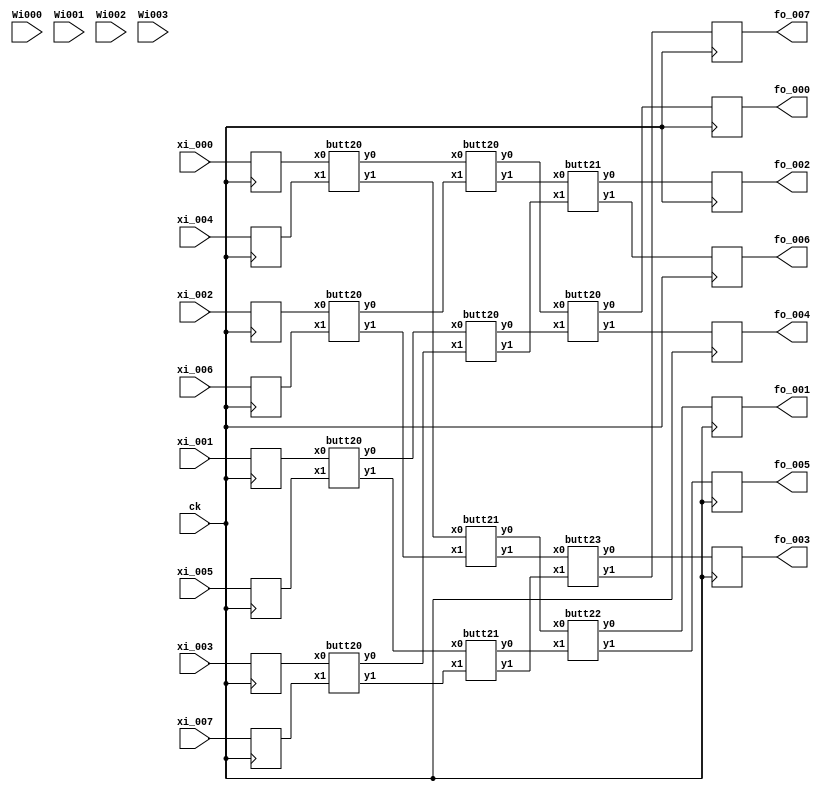
module fft008(
              fo_000,fo_001,fo_002,fo_003,fo_004,fo_005,fo_006,fo_007,
              xi_000,xi_001,xi_002,xi_003,xi_004,xi_005,xi_006,xi_007,
              Wi000,Wi001,Wi002,Wi003,ck);
    input ck;
    output [31:0]
                  fo_000,fo_001,fo_002,fo_003,fo_004,fo_005,fo_006,fo_007;
    input [31:0]
                 xi_000,xi_001,xi_002,xi_003,xi_004,xi_005,xi_006,xi_007;
    input [31:0]
                 Wi000,Wi001,Wi002,Wi003;
    reg [31:0]
               x_000,x_001,x_002,x_003,x_004,x_005,x_006,x_007;
    reg [31:0]
               W000,W001,W002,W003;
    reg [31:0]
               fo_000,fo_001,fo_002,fo_003,fo_004,fo_005,fo_006,fo_007;
    wire [31:0]
                f_000,f_001,f_002,f_003,f_004,f_005,f_006,f_007;
    wire [31:0]
               x_00_000,x_00_001,x_00_002,x_00_003,x_00_004,x_00_005,x_00_006,x_00_007,
               x_01_000,x_01_001,x_01_002,x_01_003,x_01_004,x_01_005,x_01_006,x_01_007,
               x_02_000,x_02_001,x_02_002,x_02_003,x_02_004,x_02_005,x_02_006,x_02_007,
               x_03_000,x_03_001,x_03_002,x_03_003,x_03_004,x_03_005,x_03_006,x_03_007;
    assign x_00_000 = x_000;
    assign x_00_001 = x_001;
    assign x_00_002 = x_002;
    assign x_00_003 = x_003;
    assign x_00_004 = x_004;
    assign x_00_005 = x_005;
    assign x_00_006 = x_006;
    assign x_00_007 = x_007;
    assign x_00_000 = x_000;
    assign x_00_001 = x_001;
    assign x_00_002 = x_002;
    assign x_00_003 = x_003;
    assign x_00_004 = x_004;
    assign x_00_005 = x_005;
    assign x_00_006 = x_006;
    assign x_00_007 = x_007;
    always @(posedge ck) begin
        x_000 <= xi_000;
        fo_000 <= f_000;
        x_001 <= xi_001;
        fo_001 <= f_001;
        x_002 <= xi_002;
        fo_002 <= f_002;
        x_003 <= xi_003;
        fo_003 <= f_003;
        x_004 <= xi_004;
        fo_004 <= f_004;
        x_005 <= xi_005;
        fo_005 <= f_005;
        x_006 <= xi_006;
        fo_006 <= f_006;
        x_007 <= xi_007;
        fo_007 <= f_007;
        W000 <= Wi000;
        W001 <= Wi001;
        W002 <= Wi002;
        W003 <= Wi003;
    end
    butt20 xx_00_000( .x0(x_00_000), .x1(x_00_004), .y0(x_01_000), .y1(x_01_004) );
    butt20 xx_00_001( .x0(x_00_002), .x1(x_00_006), .y0(x_01_002), .y1(x_01_006) );
    butt20 xx_00_002( .x0(x_00_001), .x1(x_00_005), .y0(x_01_001), .y1(x_01_005) );
    butt20 xx_00_003( .x0(x_00_003), .x1(x_00_007), .y0(x_01_003), .y1(x_01_007) );
    butt20 xx_01_000( .x0(x_01_000), .x1(x_01_002), .y0(x_02_000), .y1(x_02_002) );
    butt21 xx_01_001( .x0(x_01_004), .x1(x_01_006), .y0(x_02_004), .y1(x_02_006) );
    butt20 xx_01_002( .x0(x_01_001), .x1(x_01_003), .y0(x_02_001), .y1(x_02_003) );
    butt21 xx_01_003( .x0(x_01_005), .x1(x_01_007), .y0(x_02_005), .y1(x_02_007) );
    butt20 xx_02_000( .x0(x_02_000), .x1(x_02_001), .y0(x_03_000), .y1(x_03_001) );
    assign f_000 = x_03_000;
    assign f_004 = x_03_001;
    butt22 xx_02_001( .x0(x_02_004), .x1(x_02_005), .y0(x_03_004), .y1(x_03_005) );
    assign f_001 = x_03_004;
    assign f_005 = x_03_005;
    butt21 xx_02_002( .x0(x_02_002), .x1(x_02_003), .y0(x_03_002), .y1(x_03_003) );
    assign f_002 = x_03_002;
    assign f_006 = x_03_003;
    butt23 xx_02_003( .x0(x_02_006), .x1(x_02_007), .y0(x_03_006), .y1(x_03_007) );
    assign f_003 = x_03_006;
    assign f_007 = x_03_007;
endmodule
////////////////////////////////////////////////////////////////////////////////////////////////
////////////////////////////////////////////////////////////////////////////////////////////////
module butt2(y0,y1,x0,x1,W);
    input [31:0] x0,x1,W;
    output[31:0] y0,y1;

    wire [31:0] x11;

    assign x11 = mulc(x1, W);
    assign y0 = addc( x0, x11 );
    assign y1 = subc( x0, x11 );

    function [31:0] addc;
        input [31:0] a, b;
        reg [15:0] yr, yi;
        begin
            yr = a[31:16] + b[31:16];
            yi = a[15:0] + b[15:0];
            addc = {yr, yi};
        end
    endfunction
    function [31:0] subc;
        input [31:0] a, b;
        reg [15:0] yr, yi;
        begin
            yr = a[31:16] - b[31:16];
            yi = a[15:0] - b[15:0];
            subc = {yr, yi};
        end
    endfunction
    //  function [31:0] mulc;
    //    input [31:0] a, b;
    //    reg [15:0] yr, yi;
    //    begin
    //      yr = a[31:16]*b[31:16] - a[15:0]*b[15:0];
    //      yi = a[15:0]*b[31:16] + a[31:16]*b[15:0];
    //      mulc = {yr, yi};
    //    end
    //  endfunction
    function [31:0] mulc;
        input [31:0] a, b;
        reg [31:0] yr1, yr2, yi1, yi2;
        reg [15:0] ar, ai, br, bi, yyr1, yyr2, yyi1, yyi2, yr, yi;
        begin
            if( a[31] == 0 ) ar = a[31:16]; else ar = ~(a[31:16]-1);
            if( a[15] == 0 ) ai = a[15:0]; else ai = ~(a[15:0]-1);
            if( b[31] == 0 ) br = b[31:16]; else br = ~(b[31:16]-1);
            if( b[15] == 0 ) bi = b[15:0]; else bi = ~(b[15:0]-1);


            yr1 = ar * br;
            yr2 = ai * bi;

            yi1 = ar * bi;
            yi2 = ai * br;

            if( (a[31]^b[31])==0 ) yyr1 = yr1[26:11]; else yyr1 = ~yr1[26:11] + 1;
            if( (a[15]^b[15])==0 ) yyr2 = yr2[26:11]; else yyr2 = ~yr2[26:11] + 1;
            yr = yyr1 - yyr2;

            if( (a[31]^b[15])==0 ) yyi1 = yi1[26:11]; else yyi1 = ~yi1[26:11] + 1;
            if( (a[15]^b[31])==0 ) yyi2 = yi2[26:11]; else yyi2 = ~yi2[26:11] + 1;
            yi = yyi1 + yyi2;

            mulc = {yr, yi};
        end
    endfunction
endmodule
module butt20(y0,y1,x0,x1);
    input [31:0] x0,x1;
    output[31:0] y0,y1;

    wire [31:0] x11;

    assign y0 = addc( x0, x1 );
    assign y1 = subc( x0, x1 );

    function [31:0] addc;
        input [31:0] a, b;
        reg [15:0] yr, yi;
        begin
            yr = a[31:16] + b[31:16];
            yi = a[15:0] + b[15:0];
            addc = {yr, yi};
        end
    endfunction
    function [31:0] subc;
        input [31:0] a, b;
        reg [15:0] yr, yi;
        begin
            yr = a[31:16] - b[31:16];
            yi = a[15:0] - b[15:0];
            subc = {yr, yi};
        end
    endfunction
endmodule
module butt21(y0,y1,x0,x1);
    input [31:0] x0,x1;
    output[31:0] y0,y1;

    wire [31:0] x11;

    assign x11 = muli(x1);
    assign y0 = addc( x0, x11 );
    assign y1 = subc( x0, x11 );

    function [31:0] addc;
        input [31:0] a, b;
        reg [15:0] yr, yi;
        begin
            yr = a[31:16] + b[31:16];
            yi = a[15:0] + b[15:0];
            addc = {yr, yi};
        end
    endfunction
    function [31:0] subc;
        input [31:0] a, b;
        reg [15:0] yr, yi;
        begin
            yr = a[31:16] - b[31:16];
            yi = a[15:0] - b[15:0];
            subc = {yr, yi};
        end
    endfunction
    function [31:0] muli;
        input [31:0] a;
        reg [31:0] yr, yi;
        begin
            yr = a[31:16];
            yi = a[15:0];
            muli = {yi, yr};
        end
    endfunction
endmodule
module butt22(y0,y1,x0,x1);
    input [31:0] x0,x1;
    output[31:0] y0,y1;

    wire [31:0] x11;

    assign x11 = mul4(x1);
    assign y0 = addc( x0, x11 );
    assign y1 = subc( x0, x11 );

    function [31:0] addc;
        input [31:0] a, b;
        reg [15:0] yr, yi;
        begin
            yr = a[31:16] + b[31:16];
            yi = a[15:0] + b[15:0];
            addc = {yr, yi};
        end
    endfunction
    function [31:0] subc;
        input [31:0] a, b;
        reg [15:0] yr, yi;
        begin
            yr = a[31:16] - b[31:16];
            yi = a[15:0] - b[15:0];
            subc = {yr, yi};
        end
    endfunction
    function [31:0] mul4;
        input [31:0] a;
        reg [31:0] yr1, yi1;
        reg [15:0] ar, ai, br, yyr1, yyi1;
        begin
            ar = a[31:16] + a[15:0];
            ai = a[15:0] + a[31:16];
            if( ar[15] != 0 ) ar = ~(ar-1);
            if( ai[15] != 0 ) ai = ~(ai-1);
            br = 16'b 0000010110101000;

            yr1 = br * ar;
            yi1 = br * ai;

            if( ar[15] == 0 ) yyr1 = yr1[26:11]; else yyr1 = ~yr1[26:11] + 1;
            if( ai[15] == 0 ) yyi1 = yi1[26:11]; else yyi1 = ~yi1[26:11] + 1;
            mul4 = {yyr1, yyi1};
        end
    endfunction
endmodule
module butt23(y0,y1,x0,x1);
    input [31:0] x0,x1;
    output[31:0] y0,y1;

    wire [31:0] x11;

    assign x11 = mul41(x1);
    assign y0 = addc( x0, x11 );
    assign y1 = subc( x0, x11 );

    function [31:0] addc;
        input [31:0] a, b;
        reg [15:0] yr, yi;
        begin
            yr = a[31:16] + b[31:16];
            yi = a[15:0] + b[15:0];
            addc = {yr, yi};
        end
    endfunction
    function [31:0] subc;
        input [31:0] a, b;
        reg [15:0] yr, yi;
        begin
            yr = a[31:16] - b[31:16];
            yi = a[15:0] - b[15:0];
            subc = {yr, yi};
        end
    endfunction
    function [31:0] mul41;
        input [31:0] a;
        reg [31:0] yr1, yi1;
        reg [15:0] ar, ai, br, yyr1, yyi1;
        begin
            ar = - a[31:16] + a[15:0];
            ai = a[15:0] + a[31:16];
            if( ar[15] != 0 ) ar = ~(ar-1);
            if( ai[15] != 0 ) ai = ~(ai-1);
            br = 16'b 0000010110101000;

            yr1 = br * ar;
            yi1 = br * ai;

            if( ar[15] == 0 ) yyr1 = yr1[26:11]; else yyr1 = ~yr1[26:11] + 1;
            if( ai[15] == 1 ) yyi1 = yi1[26:11]; else yyi1 = ~yi1[26:11] + 1;
            mul41 = {yyr1, yyi1};
        end
    endfunction
endmodule
////////////////////////////////////////////////////////////////////////////////////////////////
////////////////////////////////////////////////////////////////////////////////////////////////
module top;
    wire [31:0]
                f_000,f_001,f_002,f_003,f_004,f_005,f_006,f_007;
    reg [31:0]
               x_000,x_001,x_002,x_003,x_004,x_005,x_006,x_007;
    reg [31:0]
               W000,W001,W002,W003;
    reg ck;
    fft008 f(
             f_000,f_001,f_002,f_003,f_004,f_005,f_006,f_007,
             x_000,x_001,x_002,x_003,x_004,x_005,x_006,x_007,
             W000,W001,W002,W003,ck);
    always #10 ck<=~ck;
    initial begin
        $dumpfile("fft.vcd");
        $dumpvars;
        ck<=0;
        W000 = { 16'b 0000100000000000, 16'b 0000000000000000 };
        W001 = { 16'b 0000010110101000, 16'b 1111101001011000 };
        W002 = { 16'b 0000000000000000, 16'b 1111100000000001 };
        W003 = { 16'b 1111101001011000, 16'b 1111101001011000 };
        #100
          ////////
        x_000 = { 16'b 0000000000000000, 16'b 0000000000000000 };   //   0.000,  0.000
        x_001 = { 16'b 0000011101011010, 16'b 0000000000000000 };   //   0.919,  0.000
        x_002 = { 16'b 0000101001100110, 16'b 0000000000000000 };   //   1.300,  0.000
        x_003 = { 16'b 0000011101011010, 16'b 0000000000000000 };   //   0.919,  0.000
        x_004 = { 16'b 0000000000000000, 16'b 0000000000000000 };   //   0.000,  0.000
        x_005 = { 16'b 1111100010100110, 16'b 0000000000000000 };   //  -0.919,  0.000
        x_006 = { 16'b 1111010110011010, 16'b 0000000000000000 };   //  -1.300,  0.000
        x_007 = { 16'b 1111100010100110, 16'b 0000000000000000 };   //  -0.919,  0.000
        #100
          $display( "f_000=%h", f_000);
        $display( "f_001=%h", f_001);
        $display( "f_002=%h", f_002);
        $display( "f_003=%h", f_003);
        $display( "f_004=%h", f_004);
        $display( "f_005=%h", f_005);
        $display( "f_006=%h", f_006);
        $display( "f_007=%h", f_007);
        #100
          ////////
        x_000 = { 16'b 0000000000000000, 16'b 0000000000000000 };   //   0.000,  0.000
        x_001 = { 16'b 0000101001100110, 16'b 0000000000000000 };   //   1.300,  0.000
        x_002 = { 16'b 0000000000000000, 16'b 0000000000000000 };   //   0.000,  0.000
        x_003 = { 16'b 1111010110011010, 16'b 0000000000000000 };   //  -1.300,  0.000
        x_004 = { 16'b 0000000000000000, 16'b 0000000000000000 };   //  -0.000,  0.000
        x_005 = { 16'b 0000101001100110, 16'b 0000000000000000 };   //   1.300,  0.000
        x_006 = { 16'b 0000000000000000, 16'b 0000000000000000 };   //   0.000,  0.000
        x_007 = { 16'b 1111010110011010, 16'b 0000000000000000 };   //  -1.300,  0.000
        #100
          $display( "f_000=%h", f_000);
        $display( "f_001=%h", f_001);
        $display( "f_002=%h", f_002);
        $display( "f_003=%h", f_003);
        $display( "f_004=%h", f_004);
        $display( "f_005=%h", f_005);
        $display( "f_006=%h", f_006);
        $display( "f_007=%h", f_007);
        #100
          $finish;
    end
endmodule